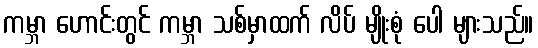
ကမ္ဘာ ဟောင်းတွင် ကမ္ဘာ သစ်မှာထက် လိပ် မျိုးစုံ ပေါ များသည်။